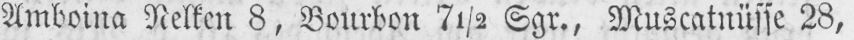
Amboina Nelken 8, Bourbon 7½ Sgr., Muscatnüsse 28,